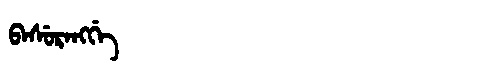
Manchu: ᠪᠠᠰᡠᡵᠠᠩᡤᡝ
Romanization: BASURANGGE